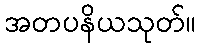
အတပနိယသုတ်။